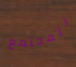
المجتمع